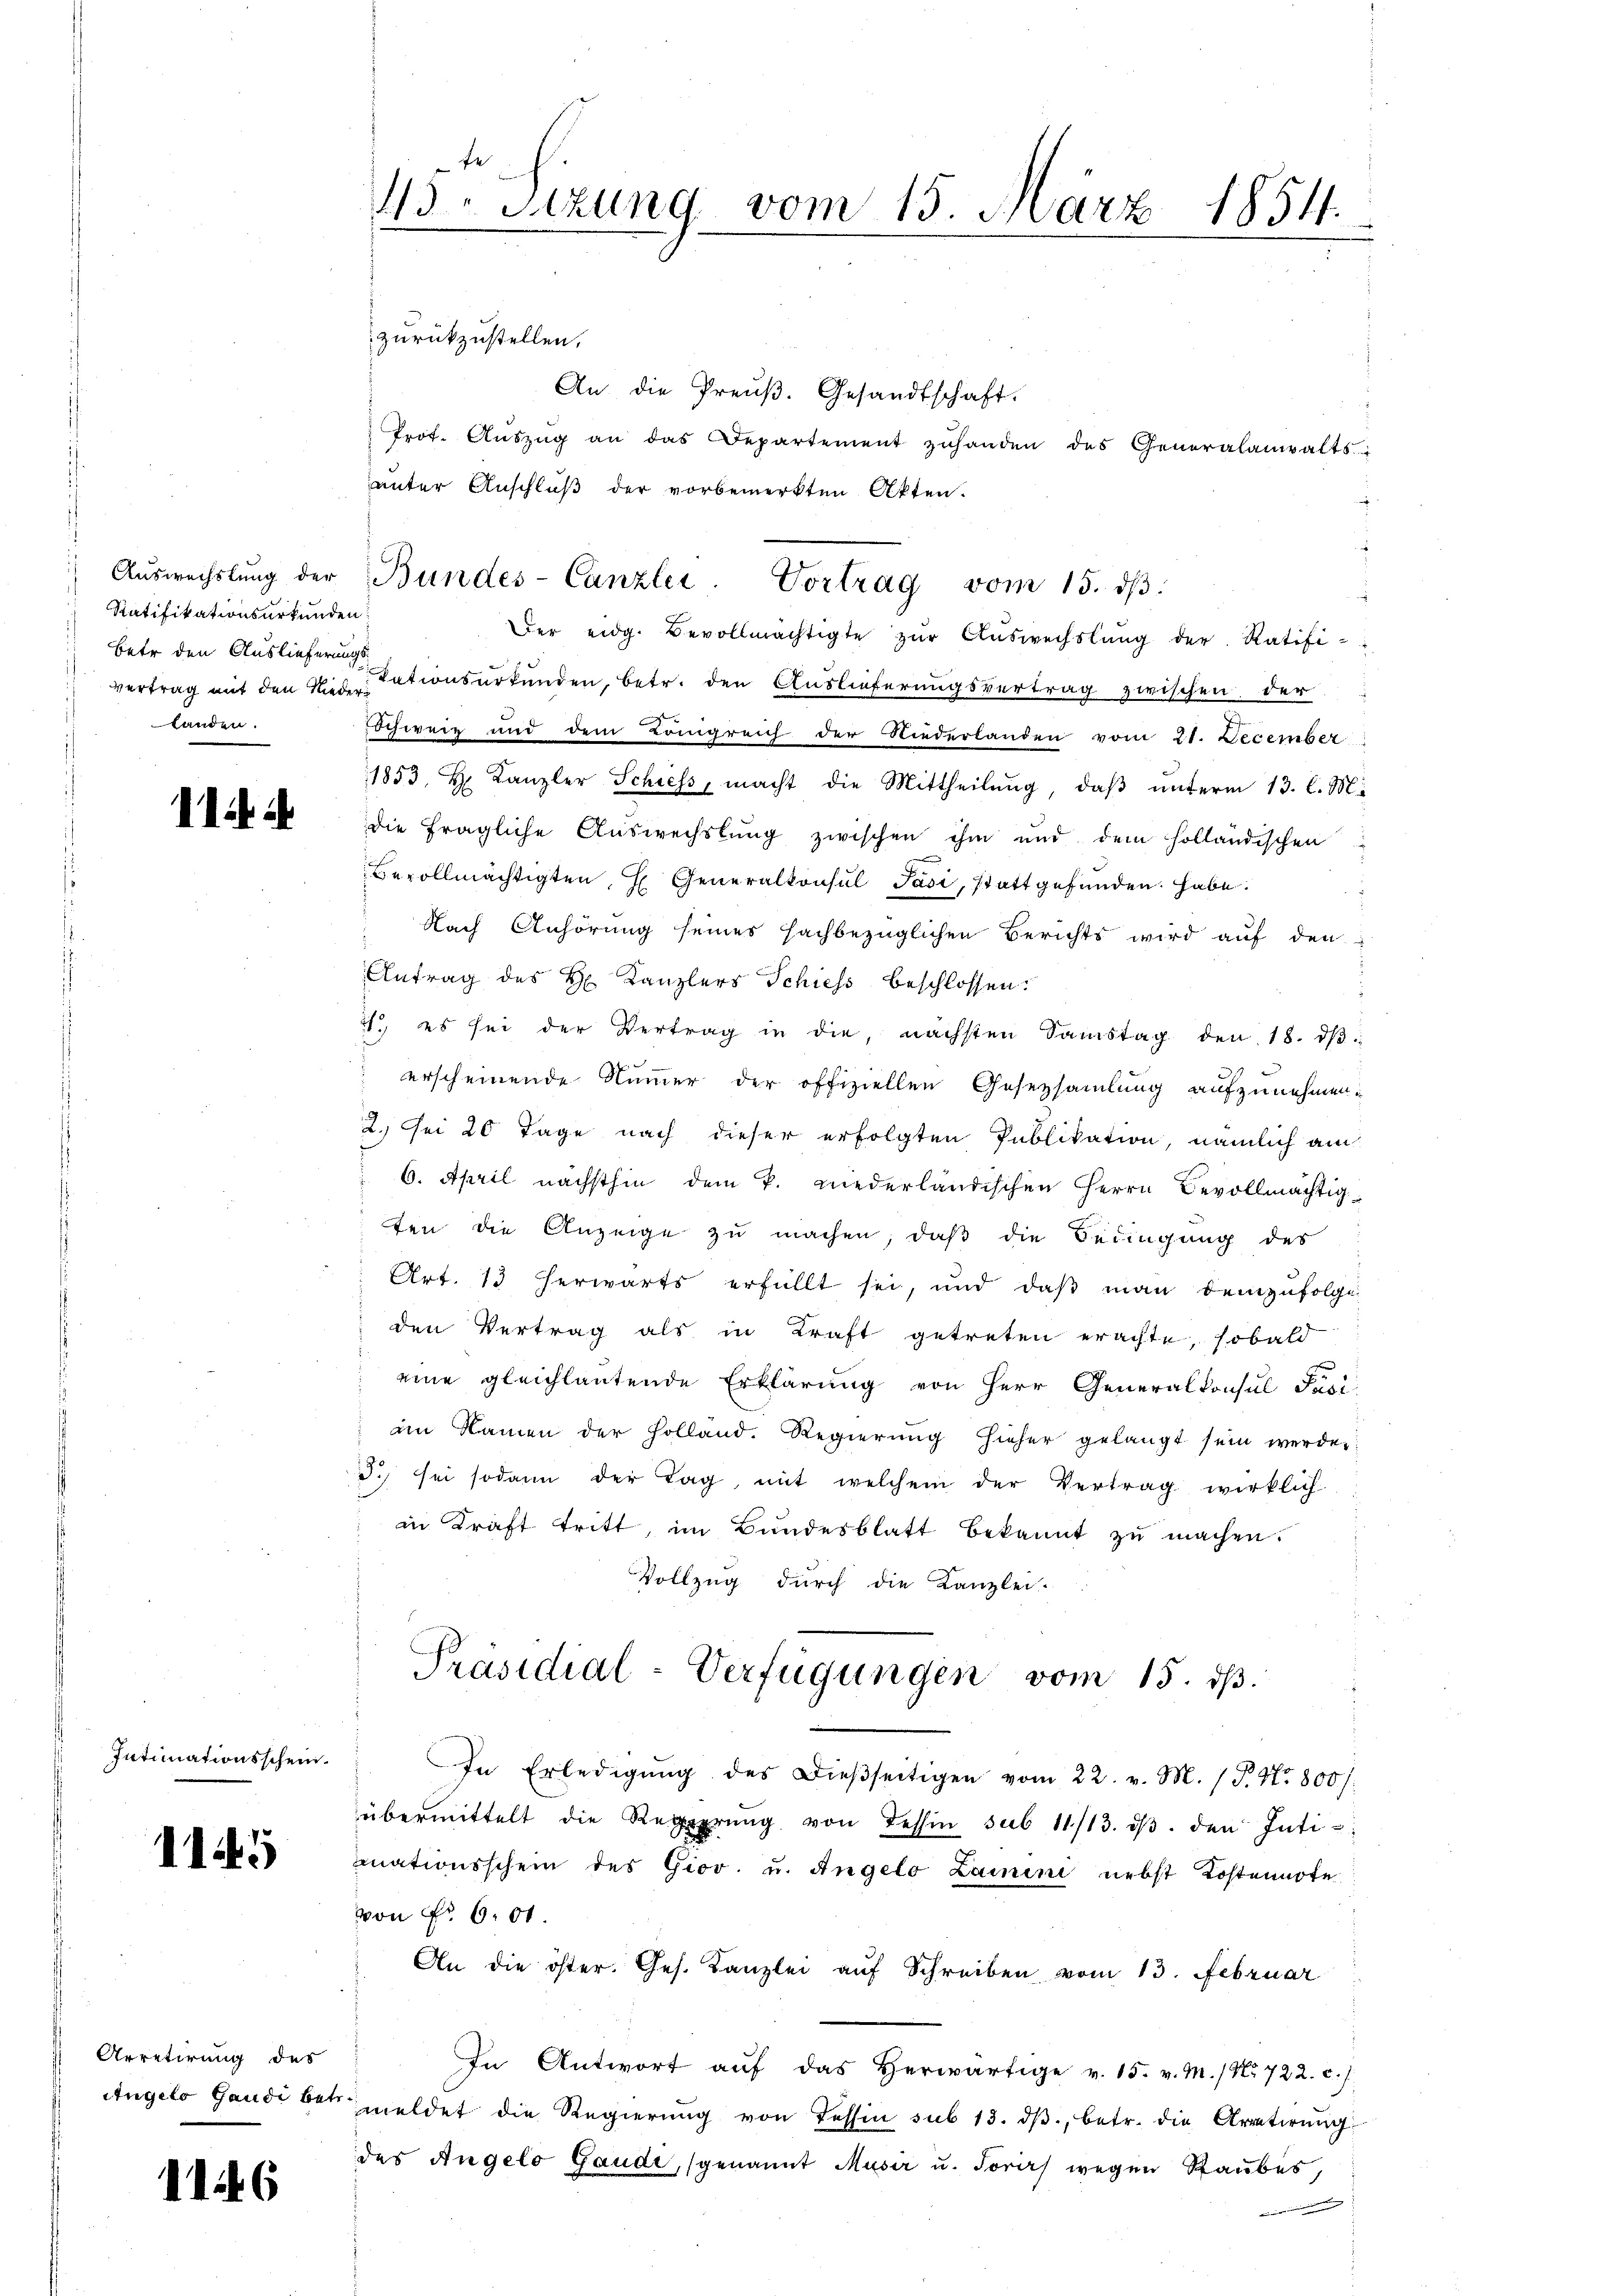
Ratifikationsurkunden
betr den Auslieferungs¬
Landen.

11 2

Intimationsschein.

1145

Arretirung des

116

fe
45. Sitzung vom 15. März 1854.

Der eidg. Bevollmächtigte zŭr Aŭswechslung der Ratifi-
vertrag mit den Vertationsurkunden, betr. den Auslieferungsvertrag zwischen, der
Schweiz und dem Königreich der Niederlanden vom 21. December
1853, H. Kanzler Schiess, macht die Mittheilŭng, daβ ŭnterm 13. l. M.
die fragliche Auswechslung zwischen ihm und dem holländischen
Bevollmächtigten H Generalkonsul Jasi, stattgefunden habe.
Nach Anhörung seines fachbezüglichen Berichts wird auf den
Antrag des H. Kanzlers Schiess beschlossen:
21. es sei der Vertrag in die, nächsten Samstag den 18. dβ
erscheinende Nummer der offiziellen Gesetzsamlung aufzunehmen.
2. Sei 20 Tage nach dieser erfolgten Publikation, nämlich am
 6. April nächsthin dem k. niederländischen Herrn Bevollmächtigten die Anzeige zu machen, daß die Bedingung des
Art. 13 herwärts erfüllt sei, und daβ man demzufolge
den Vertrag als in Kraft getreten erachte, sobald
eine gleichlautende Erklärung von Herr Generalkonsul Faci
am Namen der Holland. Regierŭng hieher gelangt sein werden.
3. sei sodann der Tag, mit welchem der Vertrag wirklich
in Kraft tritt, im Bundesblatt bekannt zŭ machen.
Vollzug durch die Kanzlei-
Präsidial-Verfügungen vom 15. d.
In Erledigŭng des dieβseitigen vom 22. v. M. / P. Nr. 800/
übermittelt die Regierŭng von dessen sub 11/13. dβ. den Inti-
mnationsschein des Giov. u. Angelo Lamini nebst Kostennote
von Nr. 604
An die öster. Ges. Kanzlei aŭf Schreiben vom 13. Februar
In Antwort aŭf das herwärtige v. 15. v. M.) No 722. c.
Angelo Gaudi bei meldet die Regierŭng von Tessin sub 13. dβ, betr. die Arretirung
des Angelo Gaude, genannt Musir u. Torers wegen Raubes,

zurückzustellen,
An die Preŭβ. Gesandtschaft.
Prot. Aŭszŭg an das Departement zŭhanden des Generalanwalts-
unter Anschluß der vorbemerkten Akten.

Aŭswechslung der Bundes-Canzlei- Vortrag vom 15. dβ.